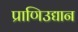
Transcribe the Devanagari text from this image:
प्राणिउद्यान